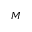
M